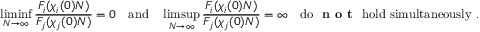
\operatorname* { l i m i n f } _ { N \to \infty } \frac { F _ { i } ( \chi _ { i } ( 0 ) N ) } { F _ { j } ( \chi _ { j } ( 0 ) N ) } = 0 \quad \mathrm { a n d } \quad \operatorname* { l i m s u p } _ { N \to \infty } \frac { F _ { i } ( \chi _ { i } ( 0 ) N ) } { F _ { j } ( \chi _ { j } ( 0 ) N ) } = \infty \quad \mathrm { d o ~ \textbf { n o t } ~ h o l d ~ s i m u l t a n e o u s l y } \ .